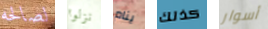
لصالحه نزلوا ينام كذلك أسوار